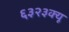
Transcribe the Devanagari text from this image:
६३२३क्यू